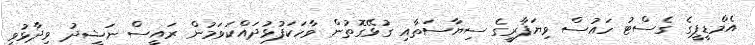
އެމްޑީޕީގެ ގެސްޓު ހައުސް ވިޔަފާރީގެ ސިޔާސަތާއި ގުޅޭގޮތުން ވާހަކަފުޅުދައްކަވަމުން ރައީސް ނަޝީދު ވިދާޅުވީ